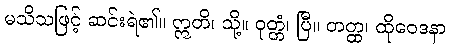
မသိသဖြင့် ဆင်းရဲ၏။ ဣတိ၊ သို့။ ဝုတ္တံ၊ ပြီ။ တတ္ထ၊ ထိုဝေဒနာ